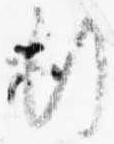
行